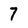
Character: 7